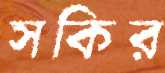
সকির